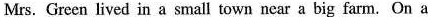
Mrs. Green lived in a small town near a big farm. On a